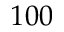
1 0 0